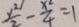
\frac { y ^ { 2 } } { 2 } - \frac { x ^ { 2 } } { 4 } = 1